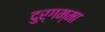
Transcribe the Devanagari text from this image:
दुर्गम्मा